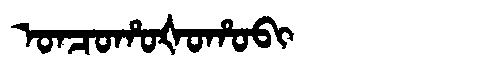
Manchu: ᠣᠨᠴᠣᡥᠣᡧᠣᡥᠣᠪᡳ
Romanization: ONCOHOŠOHOBI